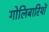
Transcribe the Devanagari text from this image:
गोलिबारियों